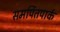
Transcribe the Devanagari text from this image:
समर्पितपार्क